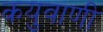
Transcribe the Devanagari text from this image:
कयुवाणी